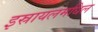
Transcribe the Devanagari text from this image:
इस्रायलमधिल